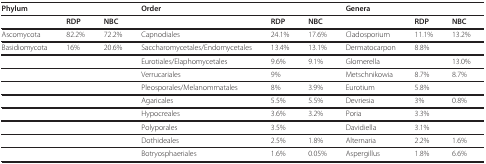
<table><thead><tr><td colspan="3"><b>Phylum</b></td><td colspan="3"><b>Order</b></td><td colspan="3"><b>Genera</b></td></tr></thead><tbody><tr><td></td><td><b>RDP</b></td><td><b>NBC</b></td><td></td><td><b>RDP</b></td><td><b>NBC</b></td><td></td><td><b>RDP</b></td><td><b>NBC</b></td></tr><tr><td>Ascomycota</td><td>82.2%</td><td>72.2%</td><td>Capnodiales</td><td>24.1%</td><td>17.6%</td><td>Cladosporium</td><td>11.1%</td><td>13.2%</td></tr><tr><td>Basidiomycota</td><td>16%</td><td>20.6%</td><td>Saccharomycetales/Endomycetales</td><td>13.4%</td><td>13.1%</td><td>Dermatocarpon</td><td>8.8%</td><td></td></tr><tr><td></td><td></td><td></td><td>Eurotiales/Elaphomycetales</td><td>9.6%</td><td>9.1%</td><td>Glomerella</td><td></td><td>13.0%</td></tr><tr><td></td><td></td><td></td><td>Verrucariales</td><td>9%</td><td></td><td>Metschnikowia</td><td>8.7%</td><td>8.7%</td></tr><tr><td></td><td></td><td></td><td>Pleosporales/Melanommatales</td><td>8%</td><td>3.9%</td><td>Eurotium</td><td>5.8%</td><td></td></tr><tr><td></td><td></td><td></td><td>Agaricales</td><td>5.5%</td><td>5.5%</td><td>Devriesia</td><td>3%</td><td>0.8%</td></tr><tr><td></td><td></td><td></td><td>Hypocreales</td><td>3.6%</td><td>3.2%</td><td>Poria</td><td>3.3%</td><td></td></tr><tr><td></td><td></td><td></td><td>Polyporales</td><td>3.5%</td><td></td><td>Davidiella</td><td>3.1%</td><td></td></tr><tr><td></td><td></td><td></td><td>Dothideales</td><td>2.5%</td><td>1.8%</td><td>Alternaria</td><td>2.2%</td><td>1.6%</td></tr><tr><td></td><td></td><td></td><td>Botryosphaeriales</td><td>1.6%</td><td>0.05%</td><td>Aspergillus</td><td>1.8%</td><td>6.6%</td></tr></tbody></table>